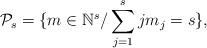
LaTeX: \begin{align*} \mathcal{P}_{s}&=\{ m\in\mathbb N^{s} /\sum_{j=1}^{s} j m_j=s \},\end{align*}